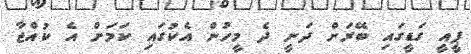
ޕީއީ ގަޑީގައި ބޭރަށް ދަނީ ދެ މީހުން އެކުގައި ކަމަށް އެ ކުއްޖާ